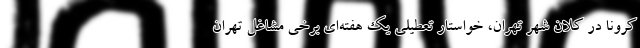
کرونا در کلان شهر تهران، خواستار تعطیلی یک هفته‌ای برخی مشاغل تهران